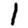
Digit: 1